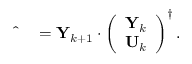
\begin{array} { r l } { \hat { { \bf \Xi } } } & { { } = { \bf Y } _ { k + 1 } \cdot \left( \begin{array} { l } { { \bf Y } _ { k } } \\ { { \bf U } _ { k } } \end{array} \right) ^ { \dagger } . } \end{array}